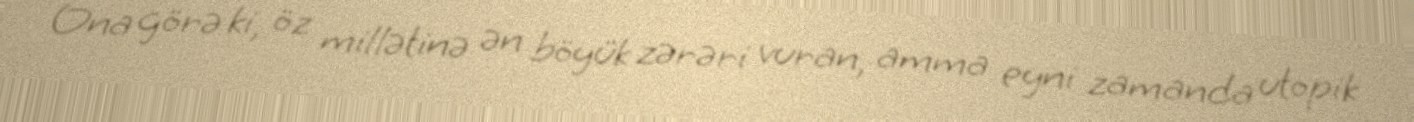
Ona görə ki, öz millətinə ən böyük zərəri vuran, amma eyni zamanda utopik